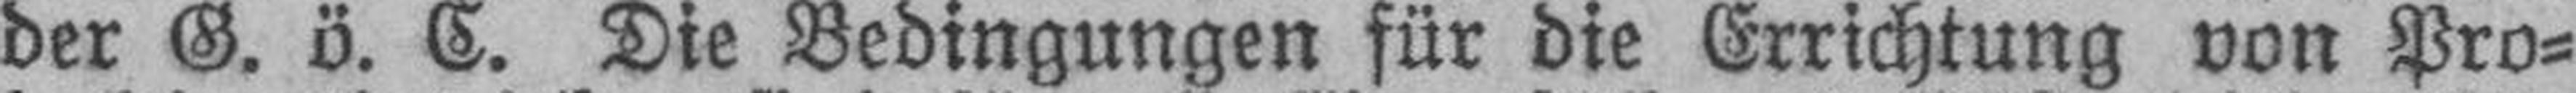
der G. ö. C. Die Bedingungen für die Errichtung von Pro¬